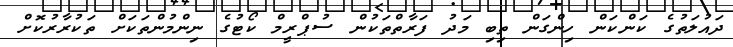
ދައުލަތުގެ ކަންކަން ހިންގަން ތިބި މަދު ފަރާތްތަކުން ސުޕްރީމް ކޯޓުގެ ނިންމުންތަކަށް ތަކުރާރުކޮށް